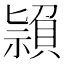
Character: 𥛤